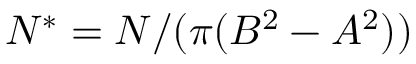
N ^ { * } = N / ( \pi ( B ^ { 2 } - A ^ { 2 } ) )